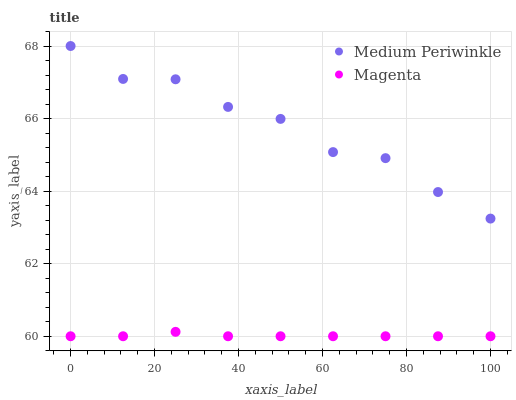
| xaxis_label | Medium Periwinkle | Magenta |
 | --- | --- | --- |
 | 0 | 68 | 60 |
 | 12.5 | 67.1 | 60 |
 | 25 | 67.1 | 60.1 |
 | 37.5 | 66.3 | 60 |
 | 50 | 66 | 60 |
 | 62.5 | 65.1 | 60 |
 | 75 | 64.9 | 60 |
 | 87.5 | 64 | 60 |
 | 100 | 63.2 | 60 |